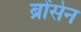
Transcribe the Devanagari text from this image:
ब्रोंसेन